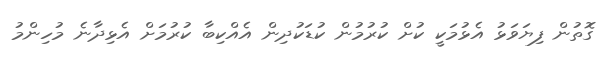
ގޮތުން ފިޔަވަޅު އެޅުމަކީ ކުށް ކުރުމުން ކުޑަކުދިން އެއްކިބާ ކުރުމަށް އެޅިދާނެ މުހިންމު